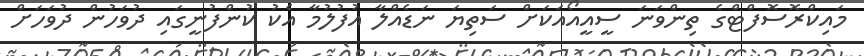
މައިކްރޮސޮފްޓްގެ ތިންވަނަ ސީއީއޯއަކަށް ސަތިޔަ ނަޑެއްލާ އުފުލުމާ އެކު ކުންފުނީގައި ދުވަހުން ދުވަހަށް